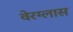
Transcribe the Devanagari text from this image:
वेरग्लास